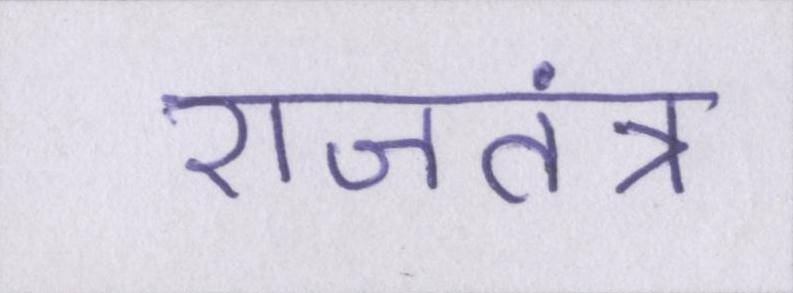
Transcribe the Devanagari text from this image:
राजतंत्र